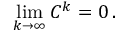
\operatorname* { l i m } _ { k \rightarrow \infty } C ^ { k } = 0 \, .